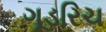
ગૂડરિચ